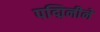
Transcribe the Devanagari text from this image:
पद्मिनीने